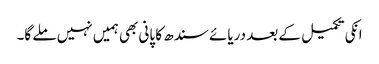
انکی تکمیل کے بعد دریائے سندھ کا پانی بھی ہمیں نہیں ملے گا۔